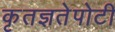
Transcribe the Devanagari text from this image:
कृतज्ञतेपोटी